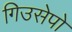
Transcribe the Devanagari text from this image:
गिउसेपो